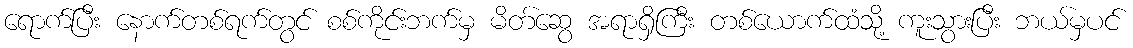
ရောက်ပြီး နောက်တစ်ရက်တွင် စစ်ကိုင်းဘက်မှ မိတ်ဆွေ အရာရှိကြီး တစ်ယောက်ထံသို့ ကူးသွားပြီး ဘယ်မှပင်